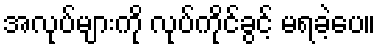
အလုပ်များကို လုပ်ကိုင်ခွင့် မရခဲ့ပေ။